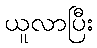
ယူလာပြီး